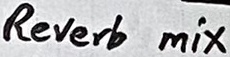
Text: Reverb mix